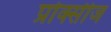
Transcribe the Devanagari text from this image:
प्रोक्सीज